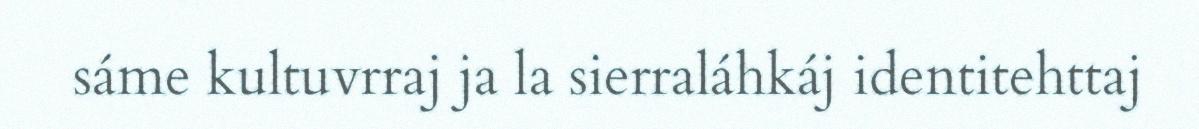
sáme kultuvrraj ja la sierraláhkáj identitehttaj